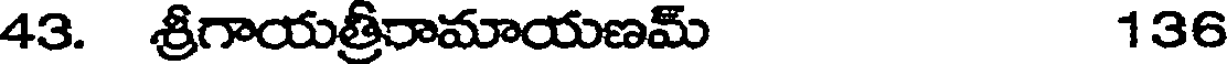
43. శ్రీగాయత్రిరామాయణమ్ 136